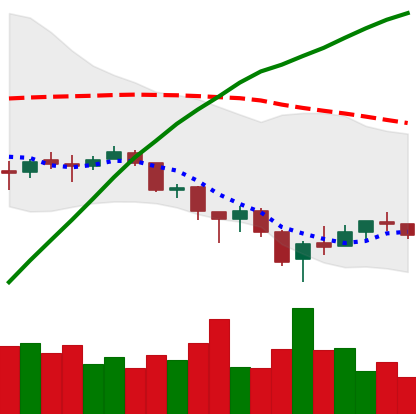
Ticker: BTC-USD
Chart end date: 2018-02-11
Forward return: 25.879%
Label: up_7plus